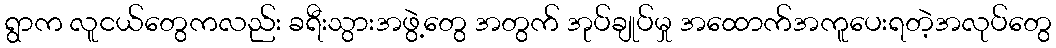
ရွာက လူငယ်တွေကလည်း ခရီးသွားအဖွဲ့တွေ အတွက် အုပ်ချုပ်မှု အထောက်အကူပေးရတဲ့အလုပ်တွေ